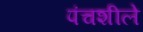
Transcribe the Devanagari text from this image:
पंचशीले